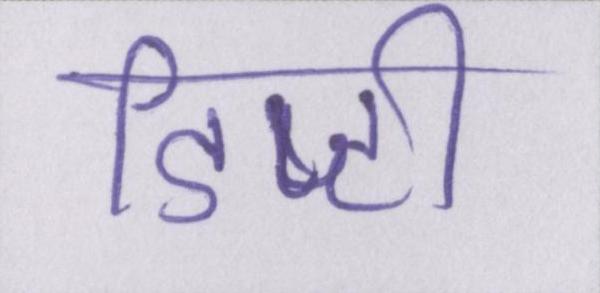
डिप्टी